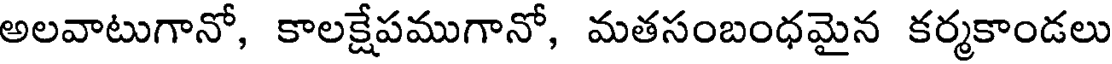
అలవాటుగానో, కాలక్షేపముగానో, మతసంబంధమైన కర్మకాండలు